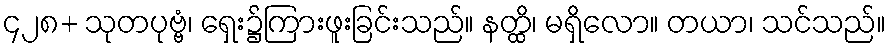
၄၂၈+ သုတပုဗ္ဗံ၊ ရှေး၌ကြားဖူးခြင်းသည်။ နတ္ထိ၊ မရှိလော။ တယာ၊ သင်သည်။